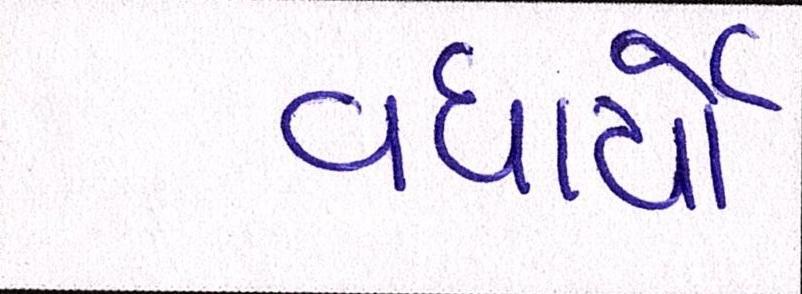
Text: વધાર્યો